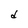
Character: d